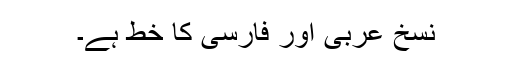
نسخ عربی اور فارسی کا خط ہے۔